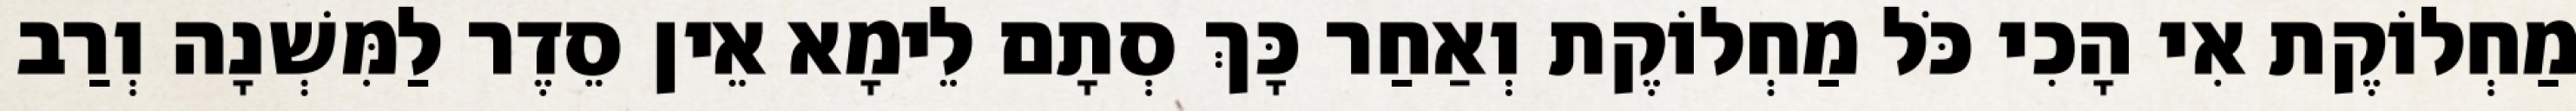
מַחְלוֹקֶת אִי הָכִי כֹּל מַחְלוֹקֶת וְאַחַר כָּךְ סְתָם לֵימָא אֵין סֵדֶר לַמִּשְׁנָה וְרַב